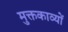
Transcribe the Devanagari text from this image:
मुक्तकाव्यों